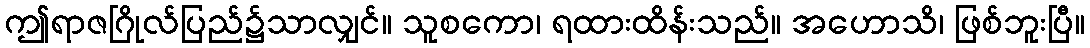
ဤရာဇဂြိုလ်ပြည်၌သာလျှင်။ သူစကော၊ ရထားထိန်းသည်။ အဟောသိ၊ ဖြစ်ဘူးပြီ။